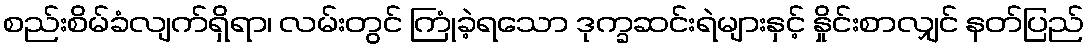
စည်းစိမ်ခံလျက်ရှိရာ၊ လမ်းတွင် ကြုံခဲ့ရသော ဒုက္ခဆင်းရဲများနှင့် နှိုင်းစာလျှင် နတ်ပြည်